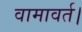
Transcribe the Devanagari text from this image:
वामावर्त।